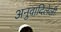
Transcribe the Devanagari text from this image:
अनुवादिलेली